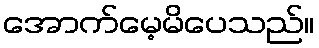
အောက်မေ့မိပေသည်။